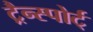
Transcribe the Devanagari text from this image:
ट्रैन्स्पोर्ट्